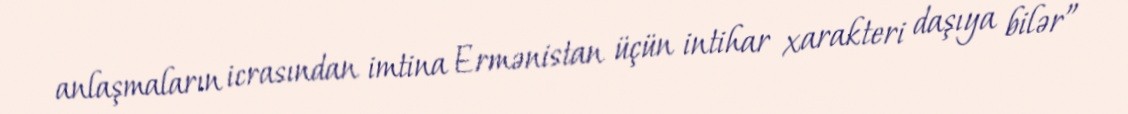
anlaşmaların icrasından imtina Ermənistan üçün intihar xarakteri daşıya bilər”